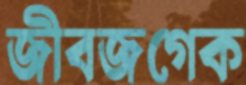
জীবজগেক